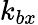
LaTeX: k_{bx}